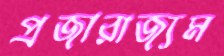
প্রজারাজ্যম